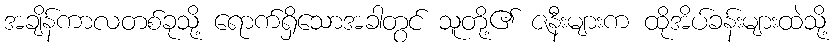
အချိန်ကာလတစ်ခုသို့ ရောက်ရှိသောအခါတွင် သူတို့၏ ဇနီးများက ထိုအိပ်ခန်းများထဲသို့